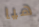
هيا